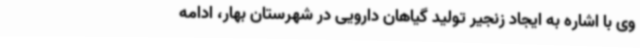
وی با اشاره به ایجاد زنجیر تولید گیاهان دارویی در شهرستان بهار، ادامه